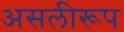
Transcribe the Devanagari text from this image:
असलीरूप